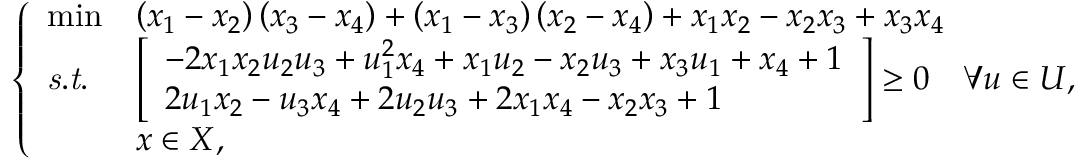
\left\{ \begin{array} { l l l } { \operatorname* { m i n } } & { \left( x _ { 1 } - x _ { 2 } \right) \left( x _ { 3 } - x _ { 4 } \right) + \left( x _ { 1 } - x _ { 3 } \right) \left( x _ { 2 } - x _ { 4 } \right) + x _ { 1 } x _ { 2 } - x _ { 2 } x _ { 3 } + x _ { 3 } x _ { 4 } } \\ { \mathit { s . t . } } & { \left[ \begin{array} { l } { - 2 x _ { 1 } x _ { 2 } u _ { 2 } u _ { 3 } + u _ { 1 } ^ { 2 } x _ { 4 } + x _ { 1 } u _ { 2 } - x _ { 2 } u _ { 3 } + x _ { 3 } u _ { 1 } + x _ { 4 } + 1 } \\ { 2 u _ { 1 } x _ { 2 } - u _ { 3 } x _ { 4 } + 2 u _ { 2 } u _ { 3 } + 2 x _ { 1 } x _ { 4 } - x _ { 2 } x _ { 3 } + 1 } \end{array} \right] \geq 0 \quad \forall u \in U , } \\ & { x \in X , } \end{array} \right.